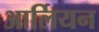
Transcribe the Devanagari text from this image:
आर्लियन